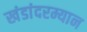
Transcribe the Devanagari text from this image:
खंडांदरम्यान